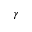
\gamma